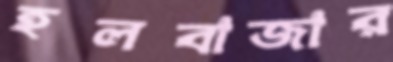
হলবাজার